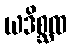
ယဒိစ္ဆထ